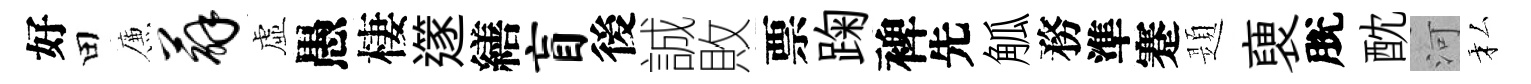
好田簾薜虛愚棲𨗹繕盲後誠敗票踘裨先觚務準蹇題褏脫酖河私